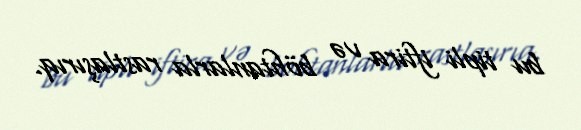
bu tipli iftira və böhtanlarla rastlaşırıq.